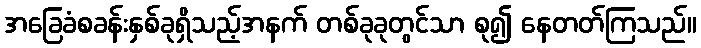
အခြေခံစခန်းနှစ်ခုရှိသည့်အနက် တစ်ခုခုတွင်သာ စု၍ နေတတ်ကြသည်။